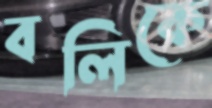
বলিকে